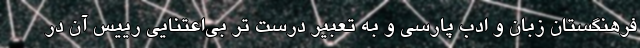
فرهنگستان زبان و ادب پارسی و به تعبیر درست تر بی‌اعتنایی رییس آن در